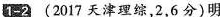
1-2 (2017天津理综，2，6分)明